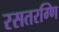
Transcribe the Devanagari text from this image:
रसतरग्णि